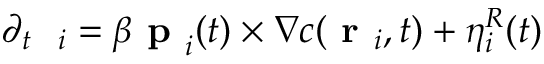
\partial _ { t } \textbf { \theta } _ { i } = \beta \textbf { p } _ { i } ( t ) \times \nabla c ( \textbf { r } _ { i } , t ) + \eta _ { i } ^ { R } ( t )